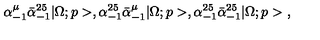
\alpha _ { - 1 } ^ { \mu } \bar { \alpha } _ { - 1 } ^ { 2 5 } | \Omega ; p > , \alpha _ { - 1 } ^ { 2 5 } \bar { \alpha } _ { - 1 } ^ { \mu } | \Omega ; p > , \alpha _ { - 1 } ^ { 2 5 } \bar { \alpha } _ { - 1 } ^ { 2 5 } | \Omega ; p > \ ,